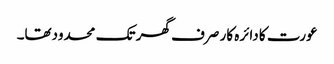
عورت کا دائرہ کار صرف گھر تک محدودتھا۔